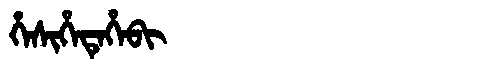
Manchu: ᡥᡝᠰᡳᡥᡝᡨᡝᡥᡝᠪᡳ
Romanization: HESIHETEHEBI